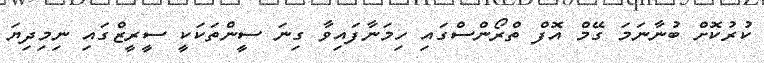
ކުރުކޮށް ބުނާނަމަ ގޭމް އޮފް ތްރޯންސްގައި ހިމަނާފައިވާ ގިނަ ސީންތަކަކީ ސީރީޒްގައި ނިމިދިޔަ